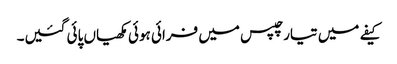
کیفے میں تیار چپس میں فرائی ہوئی مکھیاں پائی گئیں۔